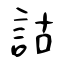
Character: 詁